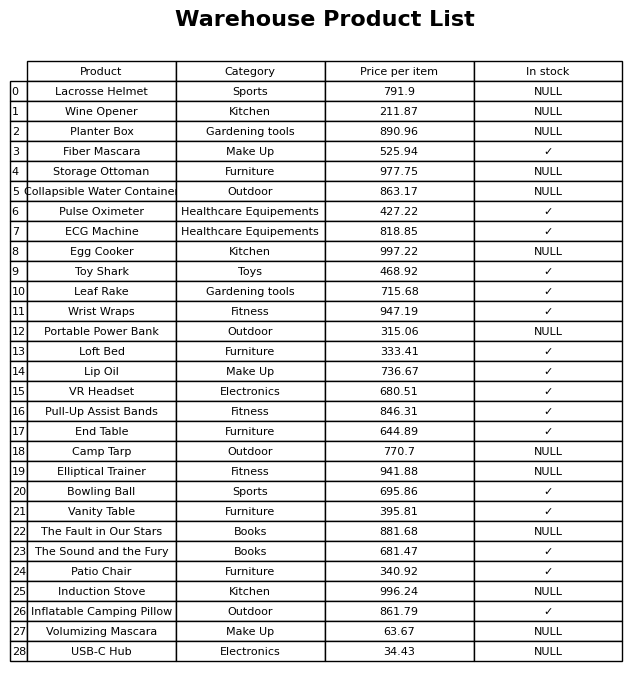
question: What is the price for Wine Opener?
answer: The price of Wine Opener is 211.87.